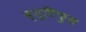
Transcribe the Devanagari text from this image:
ब्यूटिफ़ुल